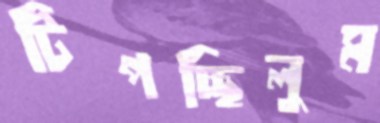
টিপচ্ছিলুম